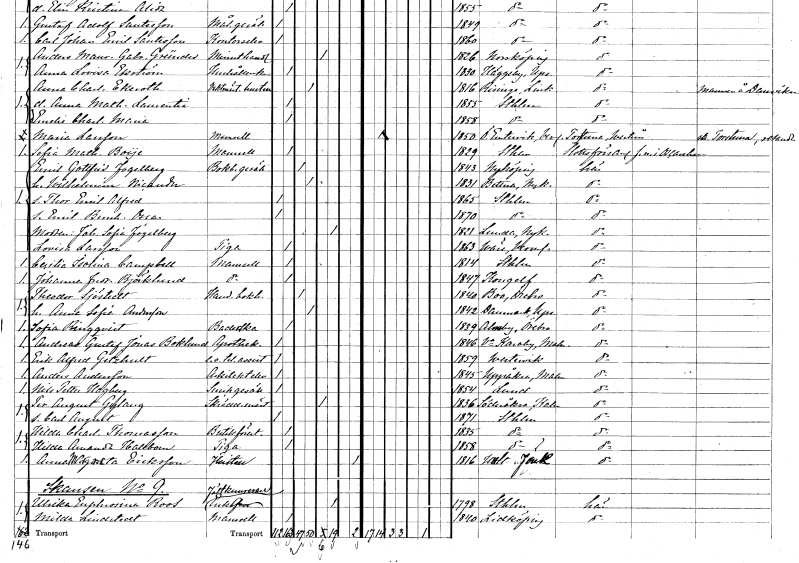
gt_parse: households: individuals: FN: Emil Gottfrid
EN: Fogelberg
YRKE: Bokbindaregesäll
KON: M
CIV: G
FODAR: 1843
FODFORS: Nyköping Södermanlands län
FN: Wilhelmina
EN: Nicander
KON: K
CIV: G
FODAR: 1831
FODFORS: Bettna Södermanlands län
FN: Thor Emil Alfred
KON: M
CIV: O
FODAR: 1865
FODFORS: Stockholm
FN: Emil Bernhard Oscar
KON: M
CIV: O
FODAR: 1870
FODFORS: Stockholm
FN: Johanna Sofia
EN: Fogelberg
KON: K
CIV: E
FODAR: 1821
FODFORS: Lunda Södermanlands län
FN: Lovisa
EN: Larsson
YRKE: Piga
KON: K
CIV: O
FODAR: 1863
FODFORS: Väse Värmlands län
FN: Cecilia Isolina
EN: Campbell
KON: K
CIV: O
FODAR: 1814
FODFORS: Stockholm
FN: Johanna Fredrika
EN: Björklund
KON: K
CIV: O
FODAR: 1847
FODFORS: Kungälv Göteborgs- och Bohuslän
FN: Theodor
EN: Sjöstedt
YRKE: Handelsbokhållare
KON: M
CIV: G
FODAR: 1840
FODFORS: Bo Örebro län
FN: Anna Sofia
EN: Andersson
KON: K
CIV: G
FODAR: 1842
FODFORS: Danmark Uppsala län
FN: Sofia
EN: Ringqvist
YRKE: Baderska
KON: K
CIV: O
FODAR: 1839
FODFORS: Almby Örebro län
FN: Andreas Gustaf Jonas
EN: Boklund
YRKE: Apotekare
KON: M
CIV: O
FODAR: 1846
FODFORS: Västra Karaby Malmöhus län
FN: Erik Alfred
EN: Getzhult
YRKE: Telegrafassistent e.o.
KON: M
CIV: O
FODAR: 1859
FODFORS: Västervik Kalmar län
FN: Anders
EN: Andersson
YRKE: Arkitektelev
KON: M
CIV: O
FODAR: 1845
FODFORS: Uppåkra Malmöhus län
FN: Nils Petter
EN: Hagberg
YRKE: Snickaregesäll
KON: M
CIV: O
FODAR: 1854
FODFORS: Lund Malmöhus län
FN: Per August
EN: Gylang
YRKE: Skräddarmästare
KON: M
CIV: E
FODAR: 1836
FODFORS: Söderåkra Kalmar län
FN: Carl August
KON: M
CIV: O
FODAR: 1871
FODFORS: Stockholm
FN: Hilda Charlotta
EN: Thomasson
YRKE: Butiksföreståndarinna
KON: K
CIV: O
FODAR: 1835
FODFORS: Stockholm
FN: Hilda Amanda
EN: Hallbom
YRKE: Piga
KON: K
CIV: O
FODAR: 1858
FODFORS: Stockholm
FN: Anna Margareta
EN: Eriksson
YRKE: Hustru
KON: K
CIV: X
FODAR: 1816
FODFORS: Hult Jönköpings län
FN: Ulrika Euphrosina
EN: Roos
YRKE: Fältkamrerareänka
KON: K
CIV: E
FODAR: 1798
FODFORS: Stockholm
FN: Milda
EN: Lindstedt
KON: K
CIV: O
FODAR: 1840
FODFORS: Lidköping Skaraborgs län